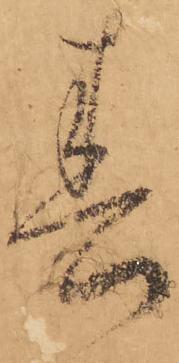
春